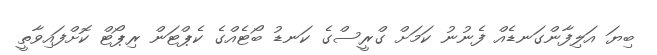
ބިޔަ އަލިފާންގަނޑެއް ފެނުނު ކަމަށް ގްރީސްގެ ކަނޑު ބޯޓެއްގެ ކެޕްޓަން ރިޕޯޓް ކޮށްފައިވާތީ